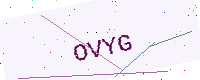
Text: OVYG